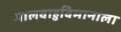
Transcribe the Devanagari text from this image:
मालवाहुविमानाला